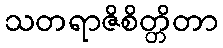
သတရာဇိစိတ္တိတာ